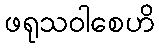
ဖရုသဝါစေဟိ